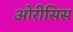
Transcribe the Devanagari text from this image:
ओरीसिस